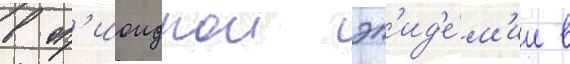
в оп'иоиднои эп'ид'е́м'ии в